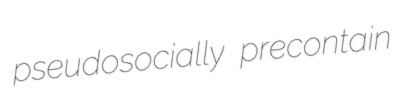
pseudosocially precontain